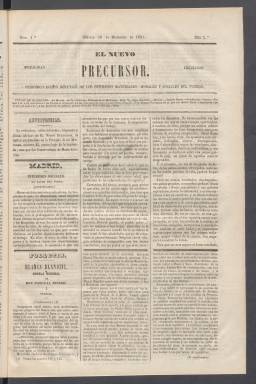
Título: El Nuevo Precursor
Colección: Periódicos
Ámbito geográfico: Madrid
Lugar de publicación: Madrid
Fechas: 30/12/1851-31/01/1852

Diario continuación de El Precursor que, pese a su título de Nuevo, no parece que cambiara mucho respecto a su antecesor. Era una publicación de carácter conservador que huía de la lucha política partidista y proclamaba defender los derechos materiales, morales y sociales del pueblo.

  Su primer número, de 30 de diciembre de 1851, salió con una cabecera tipográfica diferente, aunque cambió ya en su segundo para parecerse al título anterior. El periódico estaba dirigido por el escritor y periodista liberal Manuel Cuendías, que era el nombre de El Pobre filósofo, el seudónimo con el que aparecía en la publicación.

   Al entrar el nuevo año, El Nuevo Precursor del 1 de enero aprovechó la ocasión para rendir una sincera manifestación de cariño y lealtad a la reina Isabel II y a la princesa del mismo nombre, que había nacido el 20 de diciembre. La Chata, apodo con el que es conocida Isabel de Borbón y Borbón, fue dos veces princesa de Asturias, de 1851 a 1857, como heredera de su madre, y de 1874 a 1880 como sucesora de su hermano Alfonso XII.

  El periódico saludaba a 1852 y confiaba que fuera mejor que los años que le precedían, de los que hacía un retrato muy negativo. ‘Con los años 48, 49, 50 y 51, tus aciagos antecesores, reinaron en Europa el terror, el desorden, la injusticia, la falsía y la mala fe’, decía El Nuevo Precursor aludiendo así al periodo revolucionario europeo comenzado en 1848 que dio lugar a la extensión de las ideas republicanas. En España gobernaba el partido moderado, que se mantuvo en el poder hasta 1854.

   El contenido del diario no difería apenas de su antecesor. Había una sección oficial que recogía las disposiciones del Gobierno, información de provincias, noticias del extranjero, una sección de variedades, otra religiosa, información de espectáculos y el folletín. La publicidad llenaba la cuarta y última página. La colección de la Biblioteca Nacional de España termina con el número del 31 de enero 1852 y no parece que se editaran muchos más.

  Manuel Cuendías figura como autor de varias obras en la Biblioteca Nacional, como un Curso de lengua inglesa, un libro sobre la Hacienda nacional y un proyecto de Constitución española. También participa en otras, como una titulada Misterios de la Inquisición de España.

[Descripción publicado el 20/09/2024]